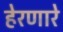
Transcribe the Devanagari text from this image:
हेरणारे